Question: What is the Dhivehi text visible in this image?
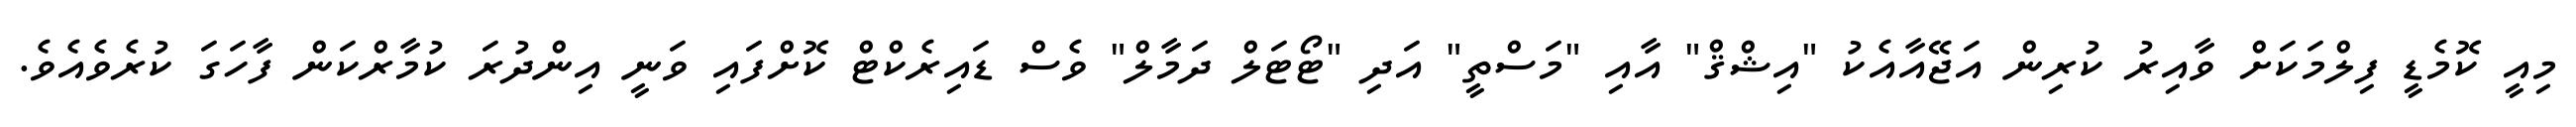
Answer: މިއީ ކޮމެޑީ ފިލްމަކަށް ވާއިރު ކުރިން އަޖޭއާއެކު "އިޝްޤް" އާއި "މަސްތީ" އަދި "ޓޯޓަލް ދަމާލް" ވެސް ޑައިރެކްޓް ކޮށްފައި ވަނީ އިންދުރަ ކުމާރްކަން ފާހަގަ ކުރެވެއެވެ.